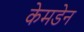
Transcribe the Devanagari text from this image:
केमडेन